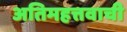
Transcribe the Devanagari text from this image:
अतिमहत्तवाची